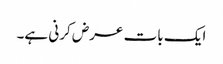
ایک بات عرض کرنی ہے۔